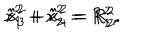
\hat { x } _ { 1 } ^ { 2 } + \hat { x } _ { 2 } ^ { 2 } = R _ { 1 } ^ { 2 } , \hspace { 0 . 4 c m } \hat { x } _ { 3 } ^ { 2 } + \hat { x } _ { 4 } ^ { 2 } = R _ { 2 } ^ { 2 } .